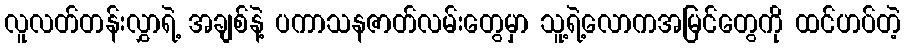
လူလတ်တန်းလွှာရဲ့ အချစ်နဲ့ ပကာသနဇာတ်လမ်းတွေမှာ သူ့ရဲ့လောကအမြင်တွေကို ထင်ဟပ်တဲ့